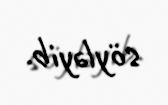
söyləyib.